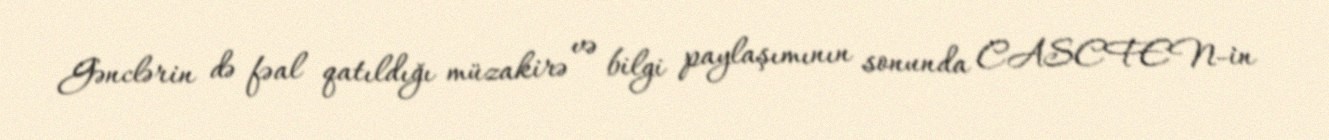
Gənclərin də fəal qatıldığı müzakirə və bilgi paylaşımının sonunda CASCFEN-in